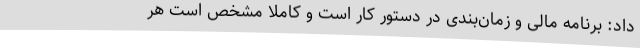
داد: برنامه مالی و زمان‌بندی در دستور کار است و کاملا مشخص است هر